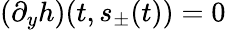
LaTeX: (\partial_{y}h)(t,s_{\pm}(t))=0